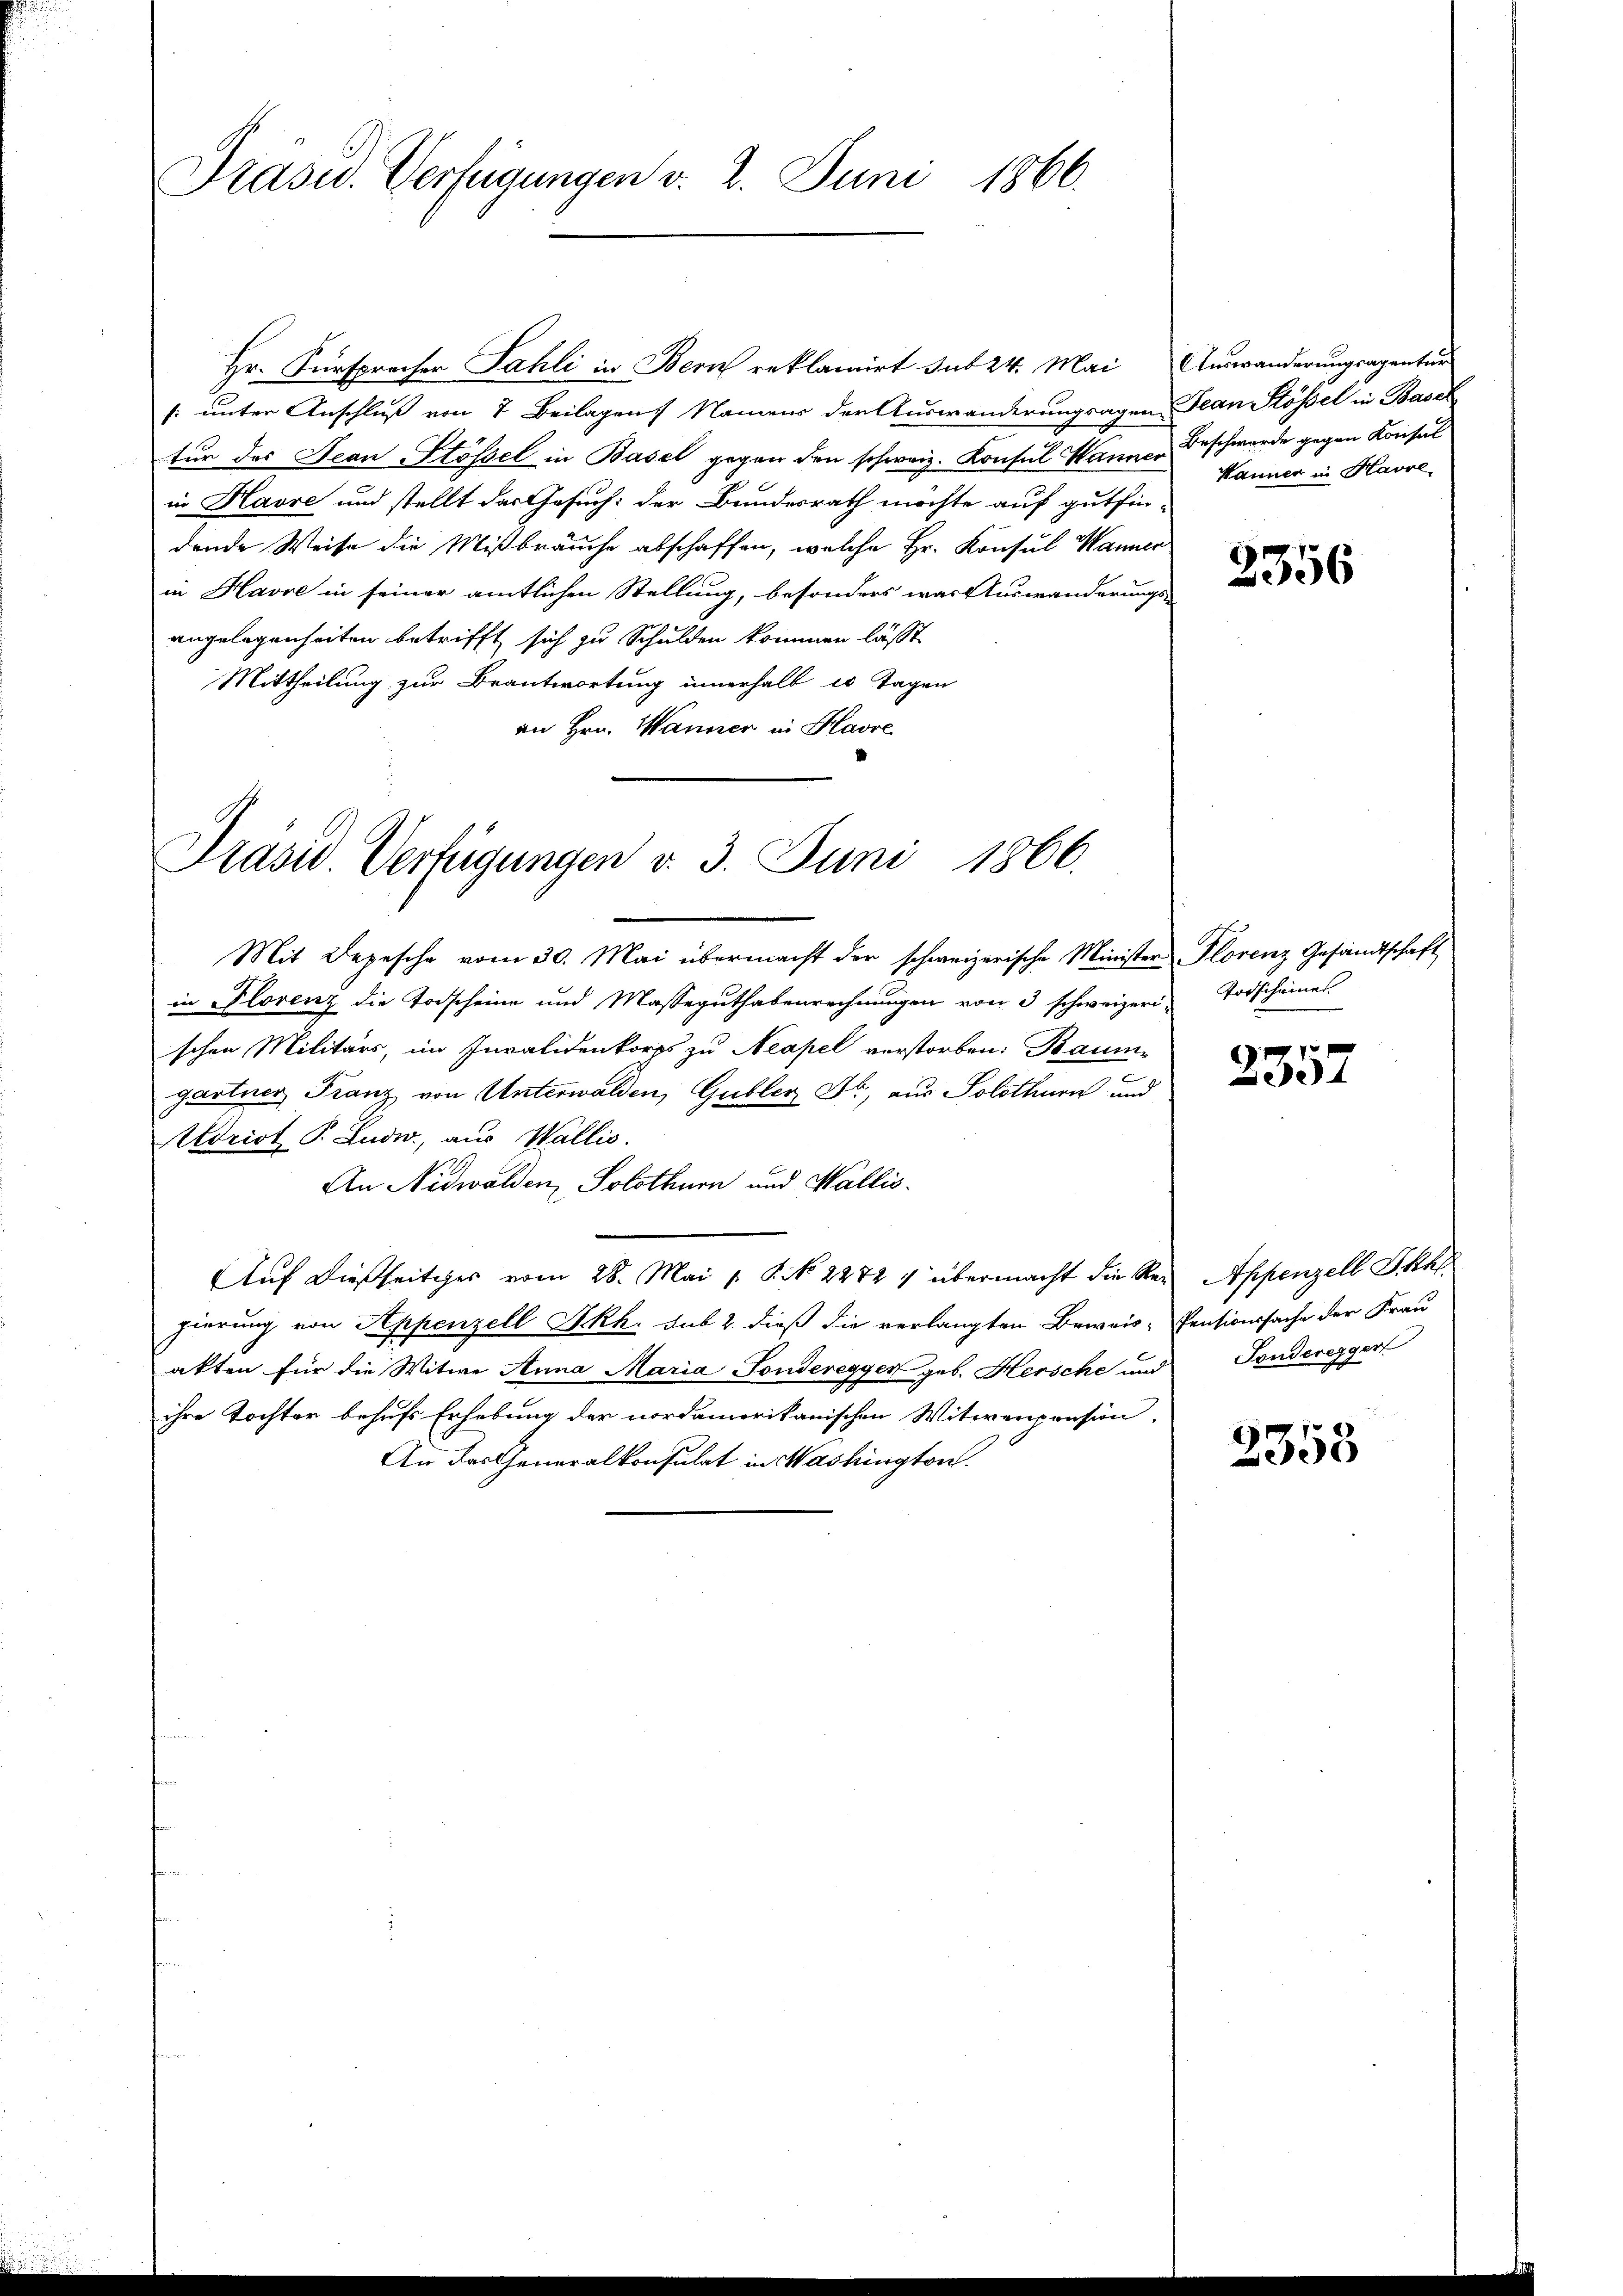
Präsid. Verfügungen v. 2. Juni 1866.

Hr. Fürsprecher Fahli in Bern reklamirt sub 24. Mai Auswanderungsagentur
s: unter Anschluß von 7 Beilagen Namens der Auswanderungsagen Jean Stößel in Basel
tur des Jean Stössel in Basel gegen den schweiz. Konsul Mannen Beschwerde gegen Konsul
in Havre und stellt das Gesuch: der Bundesrath möchte auf gutfin-
dende Weise die Mißbräuche abschaffen, welche Hr. Konsul Wanner
in Havre in seiner amtlichen Stellung, besonders war Auswanderungs-
angelegenheiten betrifft sich zu Schulden kommen lässt
Mittheilung zur Beantwortung innerhalb es Tagen
an Hrn. Wanner in Havre

Präsid. Verfügungen v. 3. Juni 1866.

Mit Depesche vom 30. Mai übermacht der schweizerische Minister Florenz Gesandtschaft
in Plorenz die Todscheine und Masseguthabenrechnungen von 3 schweizeri- Todscheines
schen Militärs, im Invalidenkorps zu Neapel verstorben: Baum-
gartner, Franz von Unterwalden, Gubler Fr., aus Solothurn und
Aldriot P. Ludw., aus Wallis.
An Nidwalden, Solothurn und Wallis.
Auf dießseitiger vom 28. Mai v. P. N. 22727 übermacht die Ren Appenzell Skal
gierung von Appenzell Sckh. sub 2. dieß die verlangten Beweis- Pensionssache der Frau
akten für die Witwe Anna Maria Fonderegger geb. Hersche und Fonderegger
ihre Tochter behufs Erhebung der nordamerikanischen Mitwenpension,
An das Generalkonsulat in Washington.

Wanner in Havre,

2356

357

2353